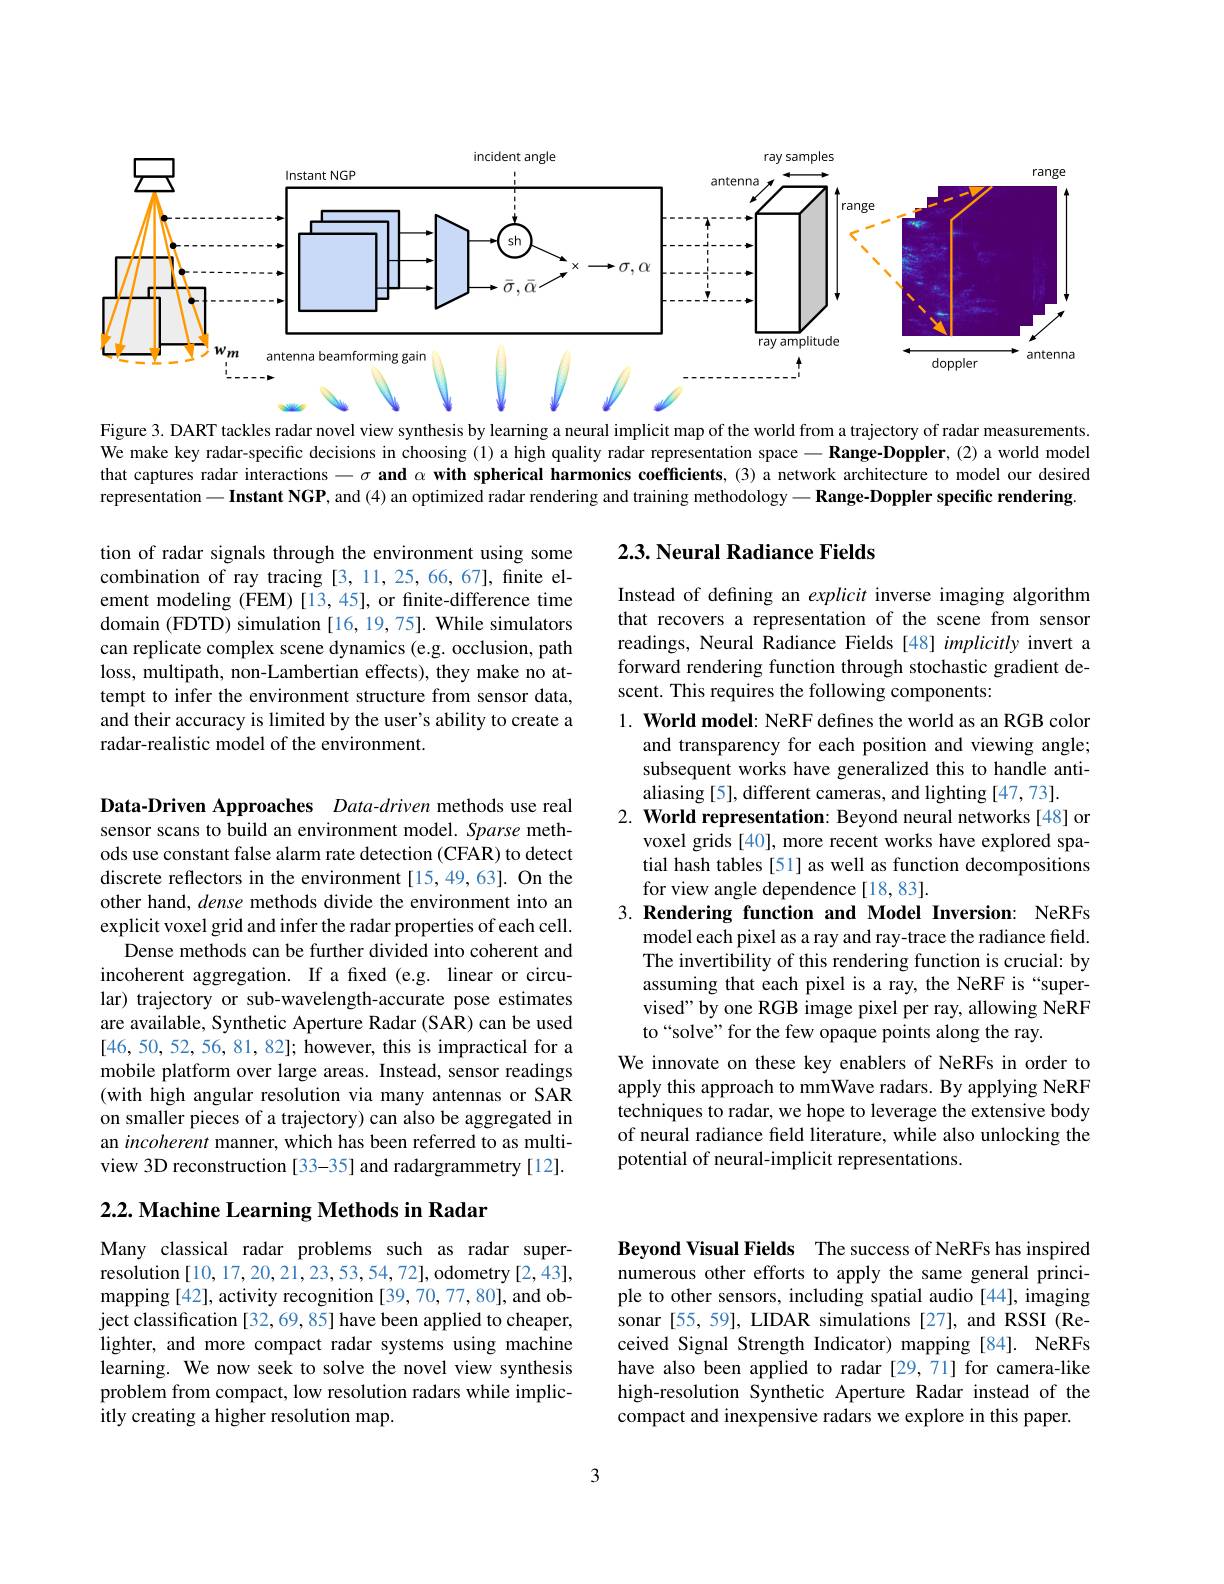
<FigureHere>
Figure 3. DART tackles radar novel view synthesis by learning a neural implicit map of the world from a trajectory of radar measurements.

We make key radar-specific decisions in choosing (1) a high quality radar representation space $-\mathbf{R}$ange-Doppler, (2) a world model that captures radar interactions $- \sigma \textbf{and}\alpha \textbf{withspherical harmonicscoefficients, ( 3) anetwork architecture to model our desirede thatis tingere tingere tingere tingere tingere tingere tingere tigere tigere tigere tigere tigere tigere tigere tigere tigere ti}$ representation $- \textbf{Instant NGP, and ( 4) an optimized radar rendering and training methodology}- \textbf{Range- Doppler speciffc rendering}.$

## 2.3. Neural Radiance Fields

Instead of defining an explicit inverse imaging algorithm that recovers a representation of the scene from sensor readings, Neural Radiance Fields [48] implicitly invert a forward rendering function through stochastic gradient descent. This requires the following components:

tion of radar signals through the environment using some combination of ray tracing [3,11,25,66,67], finite element modeling (FEM)[13,45], or finite-difference time domain (FDTD) simulation [16, 19, 75]. While simulators can replicate complex scene dynamics (e.g. occlusion, path loss, multipath, non-Lambertian effects), they make no attempt to infer the environment structure from sensor data, and their accuracy is limited by the user's ability to create a radar-realistic model of the environment.

1. World model: NeRF defines the world as an RGB color
and transparency for each position and viewing angle; subsequent works have generalized this to handle anti- $\hat{\text{aliasing[5], different cameras, and lighting[47,73]}}.$
2. World representation: Beyond neural networks[48] or
voxel grids [40], more recent works have explored spatial hash tables [51] as well as function decompositions for view angle dependence [18,83].

model each pixel as a ray and ray-trace the radiance field. The invertibility of this rendering function is crucial: by assuming that each pixel is a ray, the NeRF is “supervised" by one RGB image pixel per ray, allowing NeRF to“solve” for the few opaque points along the ray.

Data-Driven Approaches Data-driven methods use real sensor scans to build an environment model. Sparse methods use constant false alarm rate detection (CFAR) to detect discrete reflectors in the environment[15,49,63]. On the other hand, dense methods divide the environment into an explicit voxel grid and infer the radar properties of each cell.
Dense methods can be further divided into coherent and incoherent aggregation. If a fixed (e.g. linear or circular) trajectory or sub-wavelength-accurate pose estimates are available, Synthetic Aperture Radar (SAR) can be used [46,50,52,56,81,82]; however, this is impractical for a mobile platform over large areas. Instead, sensor readings (with high angular resolution via many antennas or SAR on smaller pieces of a trajectory) can also be aggregated in an incoherent manner, which has been referred to as multiview 3D reconstruction [33-35] and radargrammetry[12].

3. Rendering function and Model Inversion: NeRFs We innovate on these key enablers of NeRFs in order to apply this approach to mmWave radars. By applying NeRF techniques to radar, we hope to leverage the extensive body of neural radiance feld literature, while also unlocking the potential of neural-implicit representations.

$2. 2. \textbf{Machine Learning Methods in Radar}$

Beyond Visual Fields The success of NeRFs has inspired numerous other efforts to apply the same general principle to other sensors, including spatial audio[44], imaging sonar [55,59], LIDAR simulations [27], and RSSI (Received Signal Strength Indicator) mapping [84]. NeRFs have also been applied to radar [29,71] for camera-like high-resolution Synthetic Aperture Radar instead of the compact and inexpensive radars we explore in this paper.

Many classical radar problems such as radar superresolution [10, 17, 20, 21, 23, 53, 54, 72], odometry [2, 43], mapping[42], activity recognition [39, 70, 77,80], and object classification [32,69,85] have been applied to cheaper, lighter, and more compact radar systems using machine learning. We now seek to solve the novel view synthesis problem from compact, low resolution radars while implicitly creating a higher resolution map.

3